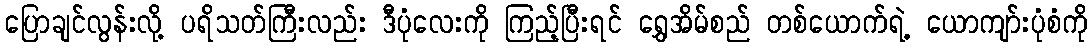
ပြောချင်လွန်းလို့ ပရိသတ်ကြီးလည်း ဒီပုံလေးကို ကြည့်ပြီးရင် ရွှေအိမ်စည် တစ်ယောက်ရဲ့ ယောကျာ်းပုံစံကို